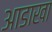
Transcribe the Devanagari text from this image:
आडाखा